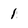
Character: 1